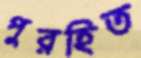
পুরহিত